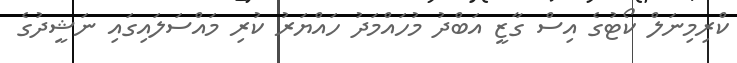
ކްރިމިނަލް ކޯޓުގެ އިސް ގާޒީ އަބްދު މުހައްމަދު ހައްޔަރު ކުރި މައްސަލައިގައި ނަޝީދުގެ